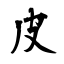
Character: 皮